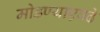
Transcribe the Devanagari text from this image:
मोडण्याएवढे